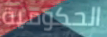
الحكومية